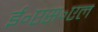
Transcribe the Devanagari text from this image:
ई॰एस॰एल